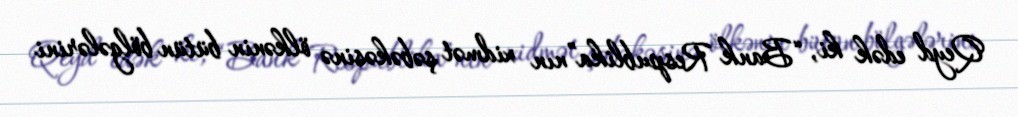
Qeyd edək ki, “Bank Respublika”nın xidmət şəbəkəsinə ölkənin bütün bölgələrini